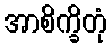
အာစိက္ခိတုံ